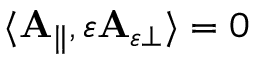
\begin{array} { r } { \langle \mathbf { A } _ { \parallel } , \varepsilon \mathbf { A } _ { \varepsilon \perp } \rangle = 0 } \end{array}